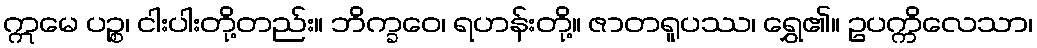
ဣမေ ပဉ္စ၊ ငါးပါးတို့တည်း။ ဘိက္ခဝေ၊ ရဟန်းတို့။ ဇာတရူပဿ၊ ရွှေ၏။ ဥပက္ကိလေသာ၊